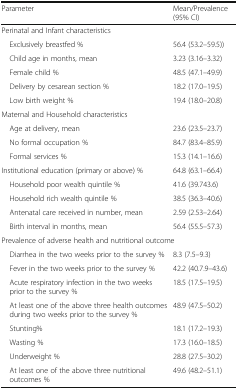
<table><thead><tr><td><b>Parameter</b></td><td><b>Mean/Prevalence (95% CI)</b></td></tr></thead><tbody><tr><td colspan="2">Perinatal and Infant characteristics</td></tr><tr><td> Exclusively breastfed %</td><td>56.4 (53.2–59.5))</td></tr><tr><td> Child age in months, mean</td><td>3.23 (3.16–3.32)</td></tr><tr><td> Female child %</td><td>48.5 (47.1–49.9)</td></tr><tr><td> Delivery by cesarean section %</td><td>18.2 (17.0–19.5)</td></tr><tr><td> Low birth weight %</td><td>19.4 (18.0–20.8)</td></tr><tr><td colspan="2">Maternal and Household characteristics</td></tr><tr><td> Age at delivery, mean</td><td>23.6 (23.5–23.7)</td></tr><tr><td> No formal occupation %</td><td>84.7 (83.4–85.9)</td></tr><tr><td> Formal services %</td><td>15.3 (14.1–16.6)</td></tr><tr><td>Institutional education (primary or above) %</td><td>64.8 (63.1–66.4)</td></tr><tr><td> Household poor wealth quintile %</td><td>41.6 (39.743.6)</td></tr><tr><td> Household rich wealth quintile %</td><td>38.5 (36.3–40.6)</td></tr><tr><td> Antenatal care received in number, mean</td><td>2.59 (2.53–2.64)</td></tr><tr><td> Birth interval in months, mean</td><td>56.4 (55.5–57.3)</td></tr><tr><td colspan="2">Prevalence of adverse health and nutritional outcome</td></tr><tr><td> Diarrhea in the two weeks prior to the survey %</td><td>8.3 (7.5–9.3)</td></tr><tr><td> Fever in the two weeks prior to the survey %</td><td>42.2 (40.7.9–43.6)</td></tr><tr><td> Acute respiratory infection in the two weeks prior to the survey %</td><td>18.5 (17.5–19.5)</td></tr><tr><td> At least one of the above three health outcomes during two weeks prior to the survey %</td><td>48.9 (47.5–50.2)</td></tr><tr><td> Stunting%</td><td>18.1 (17.2–19.3)</td></tr><tr><td> Wasting %</td><td>17.3 (16.0–18.5)</td></tr><tr><td> Underweight %</td><td>28.8 (27.5–30.2)</td></tr><tr><td> At least one of the above three nutritional outcomes %</td><td>49.6 (48.2–51.1)</td></tr></tbody></table>